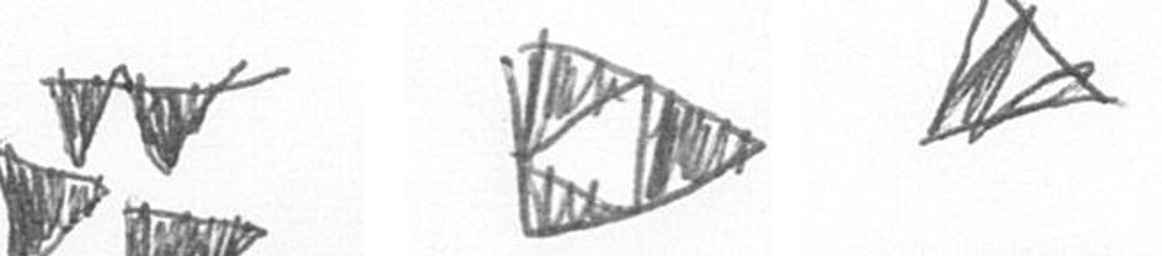
B K O